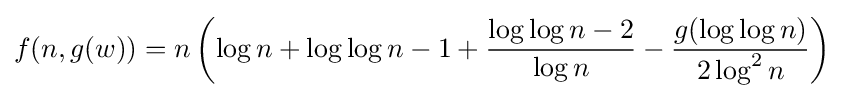
f(n,g(w))=n\left(\log n+\log \log n-1+{\frac {\log \log n-2}{\log n}}-{\frac {g(\log \log n)}{2\log ^{2}n}}\right)